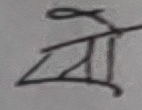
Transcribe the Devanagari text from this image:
जो